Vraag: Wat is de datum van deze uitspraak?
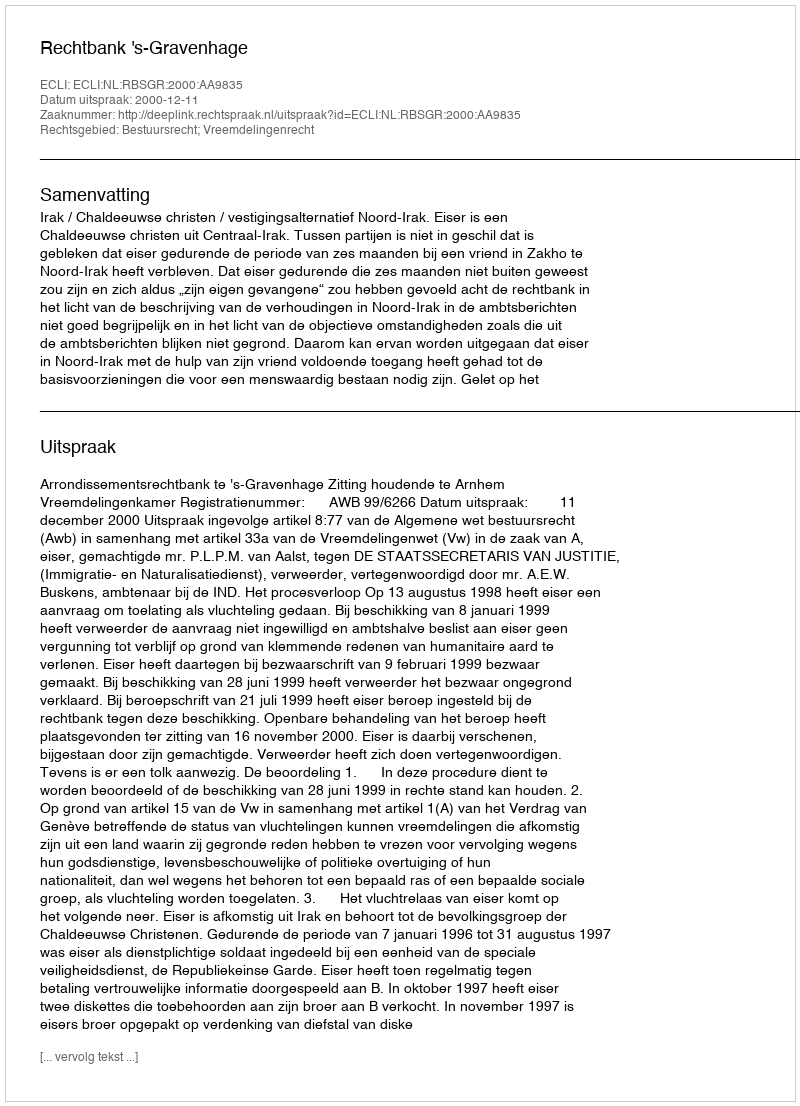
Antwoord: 2000-12-11